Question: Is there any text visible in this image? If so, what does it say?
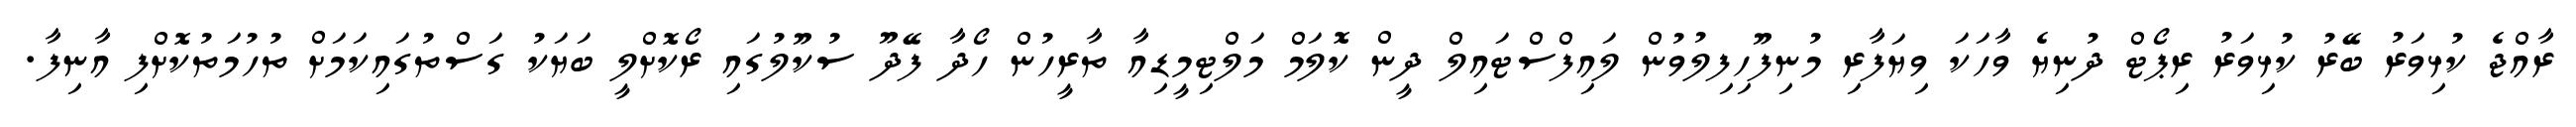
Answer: ރާއްޖެ ކުޅިވަރު ބޭރު ކުޅިވަރު ރިޕޯޓް ދުނިޔެ ވާހަކަ ވިޔަފާރި މުނިފޫހިފިލުވުން ލައިފްސްޓައިލް ދީން ކޮލަމް މަލްޓިމީޑިއާ ތާރީހުން ހޯދާ ފޭދޫ ސުކޫލުގައި ރޯކޮށްލީ ބަޔަކު ގަސްތުގައިކަމަށް ތުހުމަތުކޮށްފި އާނިފާ.